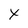
Character: X